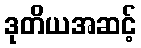
ဒုတိယအဆင့်